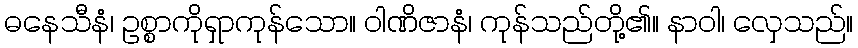
ဓနေသီနံ၊ ဥစ္စာကိုရှာကုန်သော။ ဝါဏိဇာနံ၊ ကုန်သည်တို့၏။ နာဝါ၊ လှေသည်။